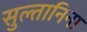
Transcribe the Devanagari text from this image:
सुल्तानिना